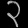
Digit: ၃